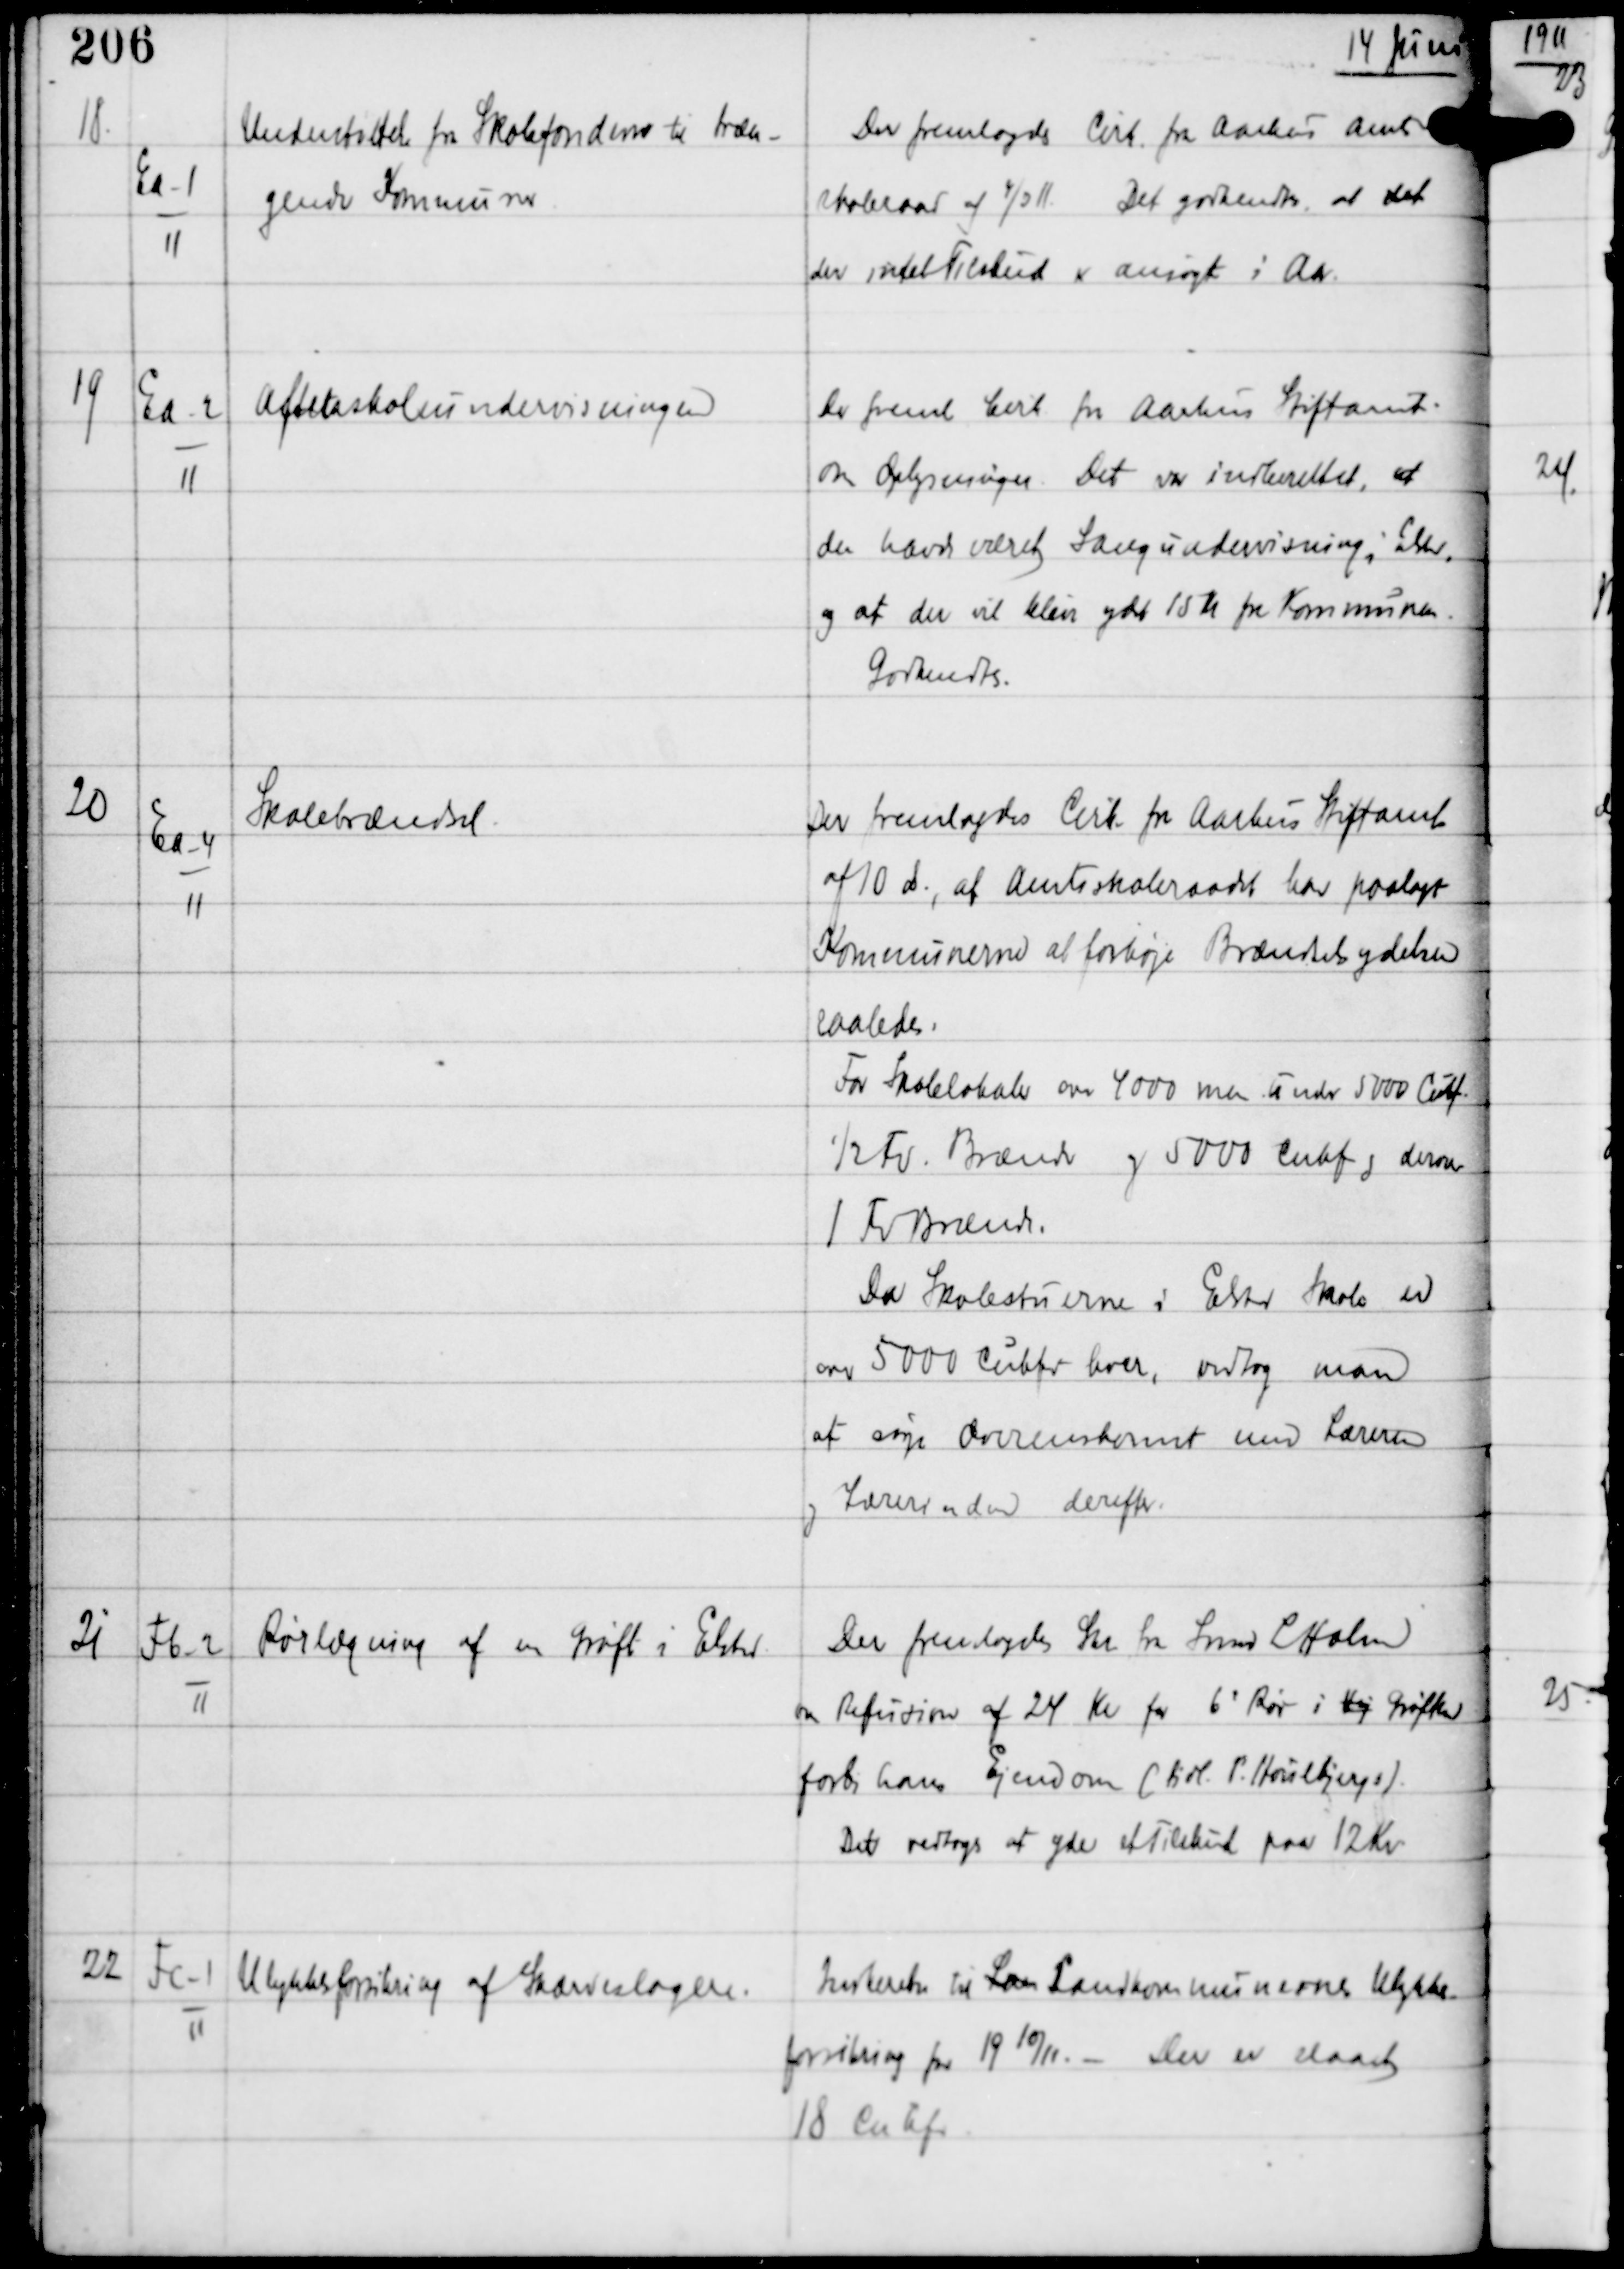
Transskription:
14 Juni

18

Ea-1
11

Understøttelse fra Skolefondene til træn-
gende Kommuner.

Der fremlagdes Cirk. fra Aarhus Amts
skoleaar af 4/3 11. Det godkendtes at det
der intet Tilskud er ansøgt i Aar.

19

Ea-2
11

Aftenskoleundervisningen.

Der freml Cirk fra Aarhus Stiftamt
om Oplysninger. Det var indberettet, at
der havde været Sangundervisning i Elsted
og at der vil blive ydet 15 Kr fra Kommunen.
Godkendtes.

20

Ea-4
11

Skolebrændsel

Det fremlagdes Cirk fra Aarhus Stiftamt
af 10 ds, at Amtsskoleraadet har paalagt
Kommunerne at forhøje Brændselsydelsen
saaledes:
For Skolelokaler over 4000 men under 5000 Cubf
½ Fv Brænde og 5000 Cubf og derover
1 Fv Brænde.
Da Skolestuerne i Elsted Skole er
over 5000 Cubfv hver, vedtog man
at søge Overenskomst med Læreren
og lærerinden derefter.

21

Fb-2
11

Rørlægning af en Grøft i Elsted

Der fremlagdes Skr fra Smed L Holm
om Refusion af 24 Kr for 6' Rør i Vej Grøften
forbi hans Ejendom (tidl P. Houlbjerg).
Det vedtoges at yde et Tilskud paa 12 Kr

22

Fc-1
11

Ulykkesforsikring af Skærveslagere.

Indberetn til Laen Landkommunernes Ulykkes-
forsikring for 1910/11. - Der er slaaet
18 Cubfv